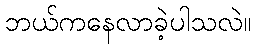
ဘယ်ကနေလာခဲ့ပါသလဲ။